Report of the Imperial Institute of Veterinary Research, Muktesar
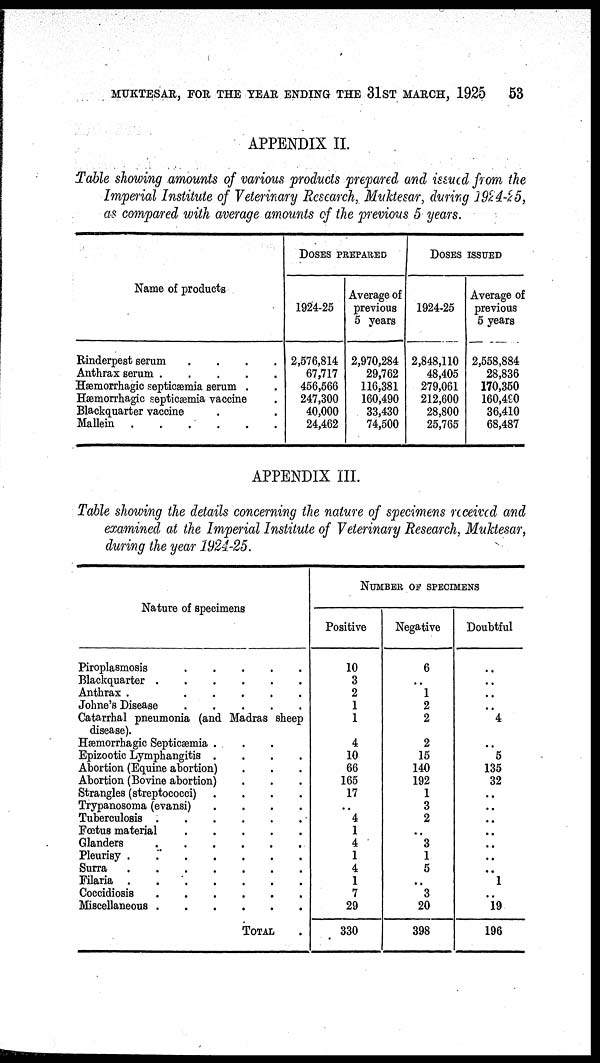
MUKTESAR, FOR THE YEAR ENDING THE 31ST MARCH, 1925
53
APPENDIX II.
Table showing amounts of various products prepared and issued from the
Imperial Institute of Veterinary Research, Muktesar, during 1924-25,
as compared with average amounts of the previous 5 years.
Name of products
Rinderpest serum
....
Anthrax serum
Hæmorrhagic septicaæmia serum .
Hæmorrhagic septicaæmia vaccine
Blackquarter vaccine
Mallein .
.
DOSES PREPARED
1924-25
2,576,814
67,717
456,566
247,300
40,000
24,462
Average of
previous
5 years
2,970,284
29,762
116,381
160,490
33,430
74,500
DOSES ISSUED
1924-25
2,848,110
48,405
279,061
212,600
28,800
25,765
Average of
previous
5 years
2,558,884
28,836
170,350
160,490
36,410
68,487
APPENDIX III.
Table showing the details concerning the nature of specimens received and
examined at the Imperial Institute of Veterinary Research, Muktesar,
during the year 1924-25.
Nature of specimens
Piroplasmosis
Blackquarter
Anthrax .
.....
Johne's Disease
Catarrhal pneumonia (and Madras sheep
disease).
Hæmorrhagic Septicæmia ...
Epizootic Lymphangitis
Abortion (Equine abortion)
Abortion (Bovine abortion)
Strangles (streptococci)
Trypanosoma (evansi)
Tuberculosis.
Fœtus material
Glanders
Pleurisy .
Surra
Filaria .
Coccidiosis
Miscellaneous .
.
.
.
.
.
.
.
.
.
.
.
.
.
.
.
.
.
.
. .
.
.
.
.
.
.
.
.
.
.
.
. .
.
.
.
.
.
.
TOTAL
NUMBER OF SPECIMENS
Positive
10
3
2
1
1
4
10
66
165
17
.. 4
1
4
1
4
1
7
29
330
Negative
6
.. 1
2
2
2
15
140
192
1
3
2
..
3
1
5
..
3
20
398
Doubtful
..
..
..
..
4
..
..
5
135
32
..
..
..
..
..
..
..
..
..
.. ..
1
..
19
196